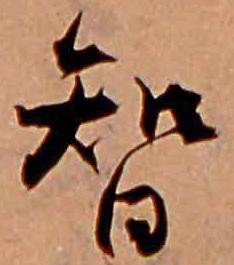
智